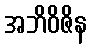
အဘိဝိဇိန